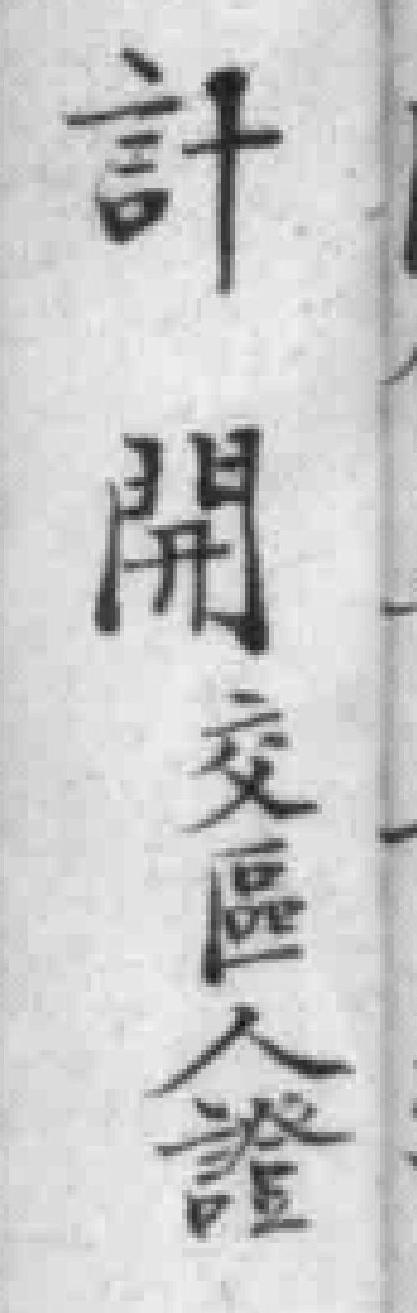
計開交區人證